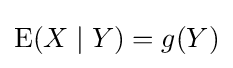
\operatorname {E} (X\mid Y)=g(Y)